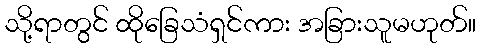
သို့ရာတွင် ထိုခြေသံရှင်ကား အခြားသူမဟုတ်။